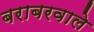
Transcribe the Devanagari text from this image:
बराबरवाले